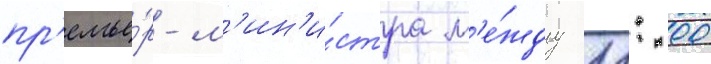
пр'емье́р-м'ин'и́стра м'е́жду 11: 00